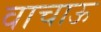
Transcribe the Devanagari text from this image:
वाचाऊ